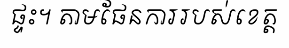
ផ្ទះ។ តាមផែនការរបស់ខេត្ត